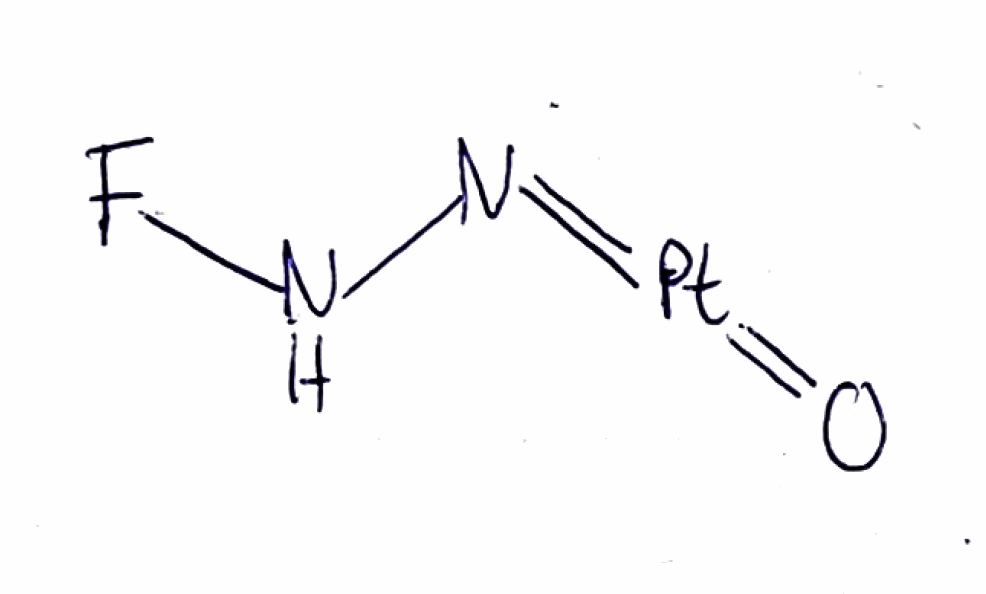
Simplified molecular-input line-entry system (SMILES) notation of the given molecule:
N(N=[Pt]=O)F